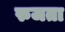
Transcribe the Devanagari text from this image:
रुजता